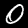
Label: 0